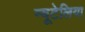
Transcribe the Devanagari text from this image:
न्यूटेलिया